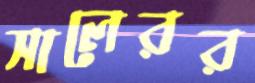
সালেরর